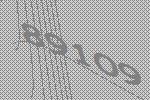
89109